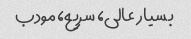
بسیار عالی، سریع، مودب